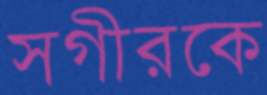
সগীরকে